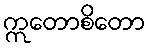
ဣတောစိတော